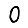
Digit: 0